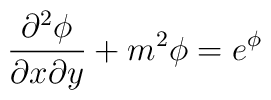
{{\partial}^2 \phi \over {\partial{x}\partial{y}}} +m^2 \phi = e^\phi